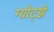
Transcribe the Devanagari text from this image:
ग्योट्झे